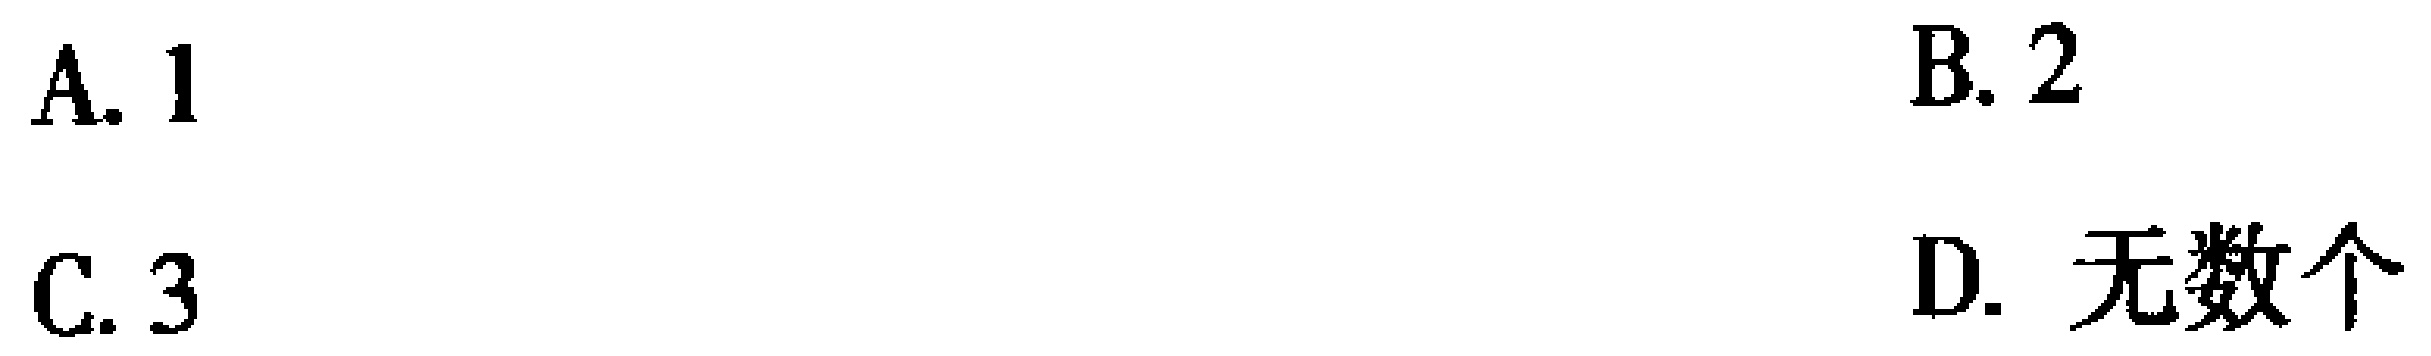
A. 1

B. 2

C. 3

D. 无数个